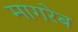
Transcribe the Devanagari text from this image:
मागरेब